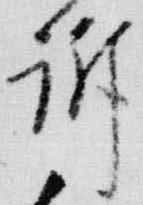
訴